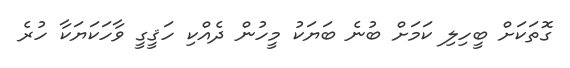
ގޮތަކަށް ބީހިލި ކަމަށް ބުނެ ބަޔަކު މީހުން ދެއްކި ހަޤީގީ ވާހަކަޔަކާ ހުރެ